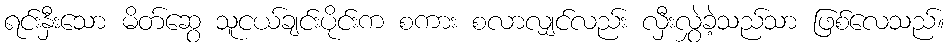
ရင်းနှီးသော မိတ်ဆွေ သူငယ်ချင်းပိုင်းက စကား စလာလျှင်လည်း လှီးလွှဲခဲ့သည်သာ ဖြစ်လေသည်။